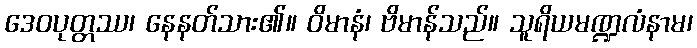
ဒေဝပုတ္တဿ၊ နေနတ်သား၏။ ဝိမာနံ၊ ဗိမာန်သည်။ သူရိယမဏ္ဍလံနာမ၊